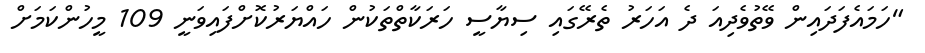
"ހަމައެފަދައިން ވޭތުވެދިއަ ދެ އަހަރު ތެރޭގައި ސިޔާސީ ހަރަކާތްތަކުން ހައްޔަރުކޮށްފައިވަނީ 109 މީހުންކަމަށް